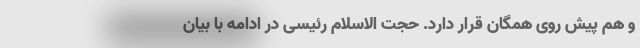
و هم پیش روی همگان قرار دارد. حجت الاسلام رئیسی در ادامه با بیان